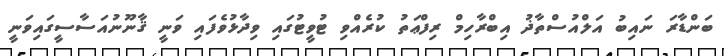
ބަންޑާރަ ނައިބު އަލްއުސްތާޛު އިބްރާހިމް ރިފްޢަތު ކުރެއްވި ޓުވީޓުގައި ވިދާޅުވެފައި ވަނީ ޤާނޫނުއަސާސީގައިވަނީ